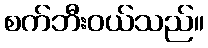
စက်ဘီးဝယ်သည်။